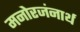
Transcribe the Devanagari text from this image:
मनोरजंनार्थ